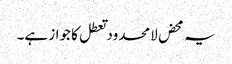
یہ محض لامحدود تعطل کا جواز ہے۔